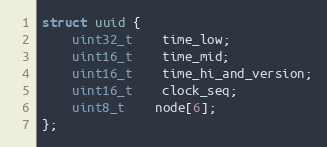
Language: C
struct uuid {
	uint32_t	time_low;
	uint16_t	time_mid;
	uint16_t	time_hi_and_version;
	uint16_t	clock_seq;
	uint8_t	node[6];
};